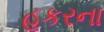
હૂકરના